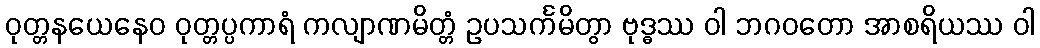
ဝုတ္တနယေနေဝ ဝုတ္တပ္ပကာရံ ကလျာဏမိတ္တံ ဥပသင်္ကမိတွာ ဗုဒ္ဓဿ ဝါ ဘဂဝတော အာစရိယဿ ဝါ